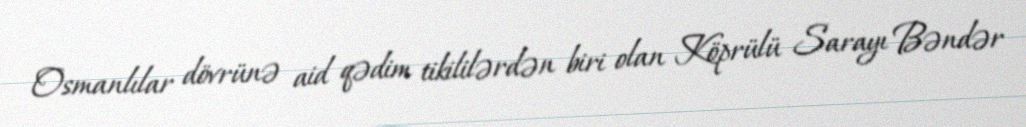
Osmanlılar dövrünə aid qədim tikililərdən biri olan Köprülü Sarayı Bəndər